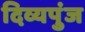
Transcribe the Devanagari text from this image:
दिव्यपुंज